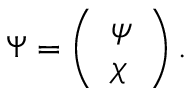
\Psi = \left( \begin{array} { l } { { \psi } } \\ { { \chi } } \end{array} \right) .